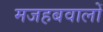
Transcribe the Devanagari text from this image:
मजहबवालों